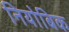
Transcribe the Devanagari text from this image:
नियोबिक